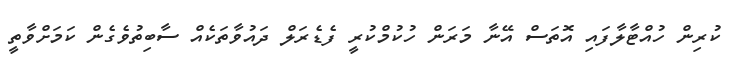
ކުރިން ހުއްޓާލާފައި އޮތަސް އޭނާ މަރަން ހުކުމްކުރީ ފެޑެރަލް ދައުވާތަކެއް ސާބިތުވެގެން ކަމަށްވާތީ